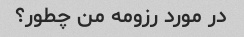
در مورد رزومه من چطور؟